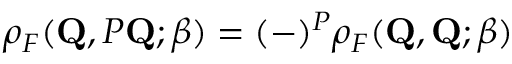
\rho _ { F } ( \mathbf { Q } , { \cal P } \mathbf { Q } ; \beta ) = ( - ) ^ { \cal P } \rho _ { F } ( \mathbf { Q } , \mathbf { Q } ; \beta )